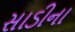
સાડીના